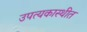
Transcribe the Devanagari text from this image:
उपत्यकास्थीत